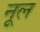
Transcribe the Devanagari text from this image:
नूल